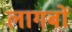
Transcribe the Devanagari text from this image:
लागबों